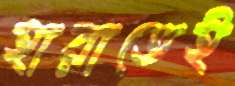
হারাতেই